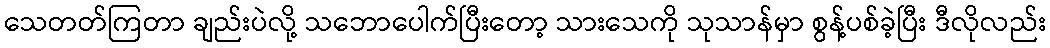
သေတတ်ကြတာ ချည်းပဲလို့ သဘောပေါက်ပြီးတော့ သားသေကို သုသာန်မှာ စွန့်ပစ်ခဲ့ပြီး ဒီလိုလည်း